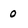
Character: 0